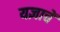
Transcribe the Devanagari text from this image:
यज्ञाचें